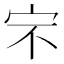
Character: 𰌶